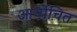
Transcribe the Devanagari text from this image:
आर्योचित